Vaccination in Bombay 1863-1868 - 1863-1868
Year: 1863
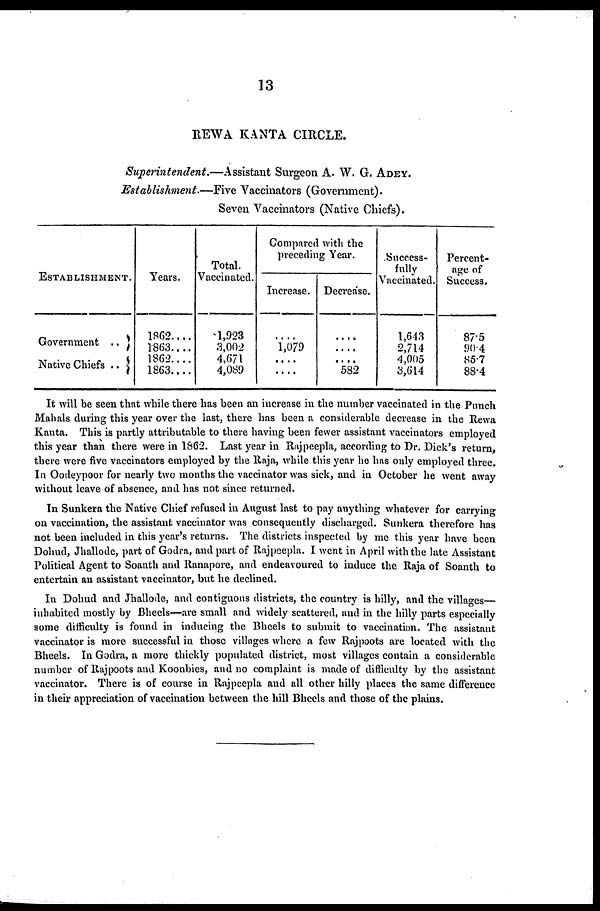
13
REWA KANTA CIRCLE.
Superintendent.—Assistant
Surgeon A. W. G. ADEY.
Establishment.—Five Vaccinators (Government).
Seven Vaccinators (Native Chiefs).
ESTABLISHMENT.
Government ..
Native Chiefs ..
Years.
1862....
1863....
1862....
1863....
Total.
Vaccinated.
1,923
3,002
4,671
4,089
Compared with the
preceding Year.
Increase.
....
1,079
....
....
Decrease.
....
....
....
582
Success-
fully
Vaccinated.
1,643
2,714
4,005
3,614
Percent-
age of
Success.
87.5
90.4
85.7
88.4
It will be seen that while there has been an increase in the number vaccinated in the Punch
Mahals during this year over the last, there has been a considerable decrease in the Rewa
Kanta. This is partly attributable to there having been fewer assistant vaccinators employed
this year than there were in 1862. Last year in Rajpeepla, according to Dr. Dick's return,
there were five vaccinators employed by the Raja, while this year he has only employed three.
In Oodeypoor for nearly two months the vaccinator was sick, and in October he went away
without leave of absence, and has not since returned.
In Sunkera the Native Chief refused in August last to pay anything whatever for carrying
on vaccination, the assistant vaccinator was consequently discharged. Sunkera therefore has
not been included in this year's returns. The districts inspected by me this year have been
Dohud, Jhallode, part of Godra, and part of Rajpeepla. I went in April with the late Assistant
Political Agent to Soanth and Ranapore, and endeavoured to induce the Raja of Soanth to
entertain an assistant vaccinator, but he declined.
In Dohud and Jhallode, and contiguous districts, the country is hilly, and the villages—
inhabited mostly by Bheels—are small and widely scattered, and in the hilly parts especially
some difficulty is found in inducing the Bheels to submit to vaccination. The assistant
vaccinator is more successful in those villages where a few Rajpoots are located with the
Bheels. In Godra, a more thickly populated district, most villages contain a considerable
number of Rajpoots and Koonbies, and no complaint is made of difficulty by the assistant
vaccinator. There is of course in Rajpeepla and all other hilly places the same difference
in their appreciation of vaccination between the hill Bheels and those of the plains.